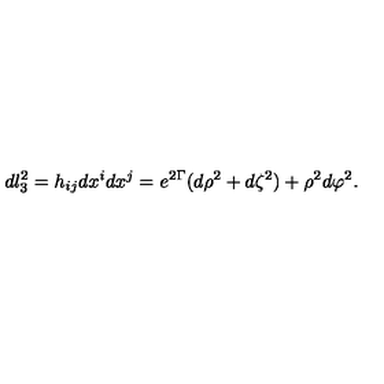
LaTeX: d l _ { 3 } ^ { 2 } = h _ { i j } d x ^ { i } d x ^ { j } = e ^ { 2 \Gamma } ( d \rho ^ { 2 } + d \zeta ^ { 2 } ) + \rho ^ { 2 } d \varphi ^ { 2 } .